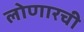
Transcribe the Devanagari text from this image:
लोणारची